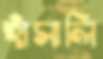
হাঁসালি